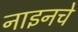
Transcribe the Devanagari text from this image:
नाइनचे